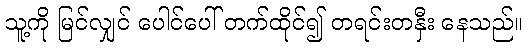
သူ့ကို မြင်လျှင် ပေါင်ပေါ် တက်ထိုင်၍ တရင်းတနှီး နေသည်။